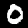
Digit: 0